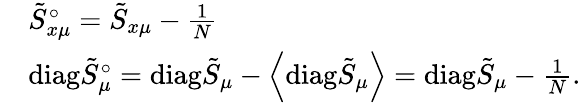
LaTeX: \begin{array}{rl}&{\tilde{S}_{x\mu}^{\circ}=\tilde{S}_{x\mu}-\frac{1}{N}}\\ &{\mathrm{diag}\tilde{S}_{\mu}^{\circ}=\mathrm{diag}\tilde{S}_{\mu}-\left\langle{\mathrm{diag}\tilde{S}_{\mu}}\right\rangle=\mathrm{diag}\tilde{S}_{\mu}-\frac{1}{N}.}\end{array}